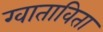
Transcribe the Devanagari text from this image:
ग्वाताविता